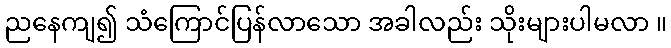
ညနေကျ၍ သံကြောင်ပြန်လာသော အခါလည်း သိုးများပါမလာ ။